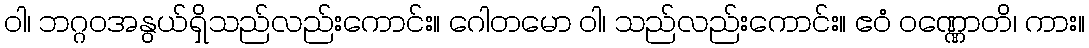
ဝါ၊ ဘဂ္ဂဝအနွယ်ရှိသည်လည်းကောင်း။ ဂေါတမော ဝါ၊ သည်လည်းကောင်း။ ဧဝံ ဝဏ္ဏောတိ၊ ကား။